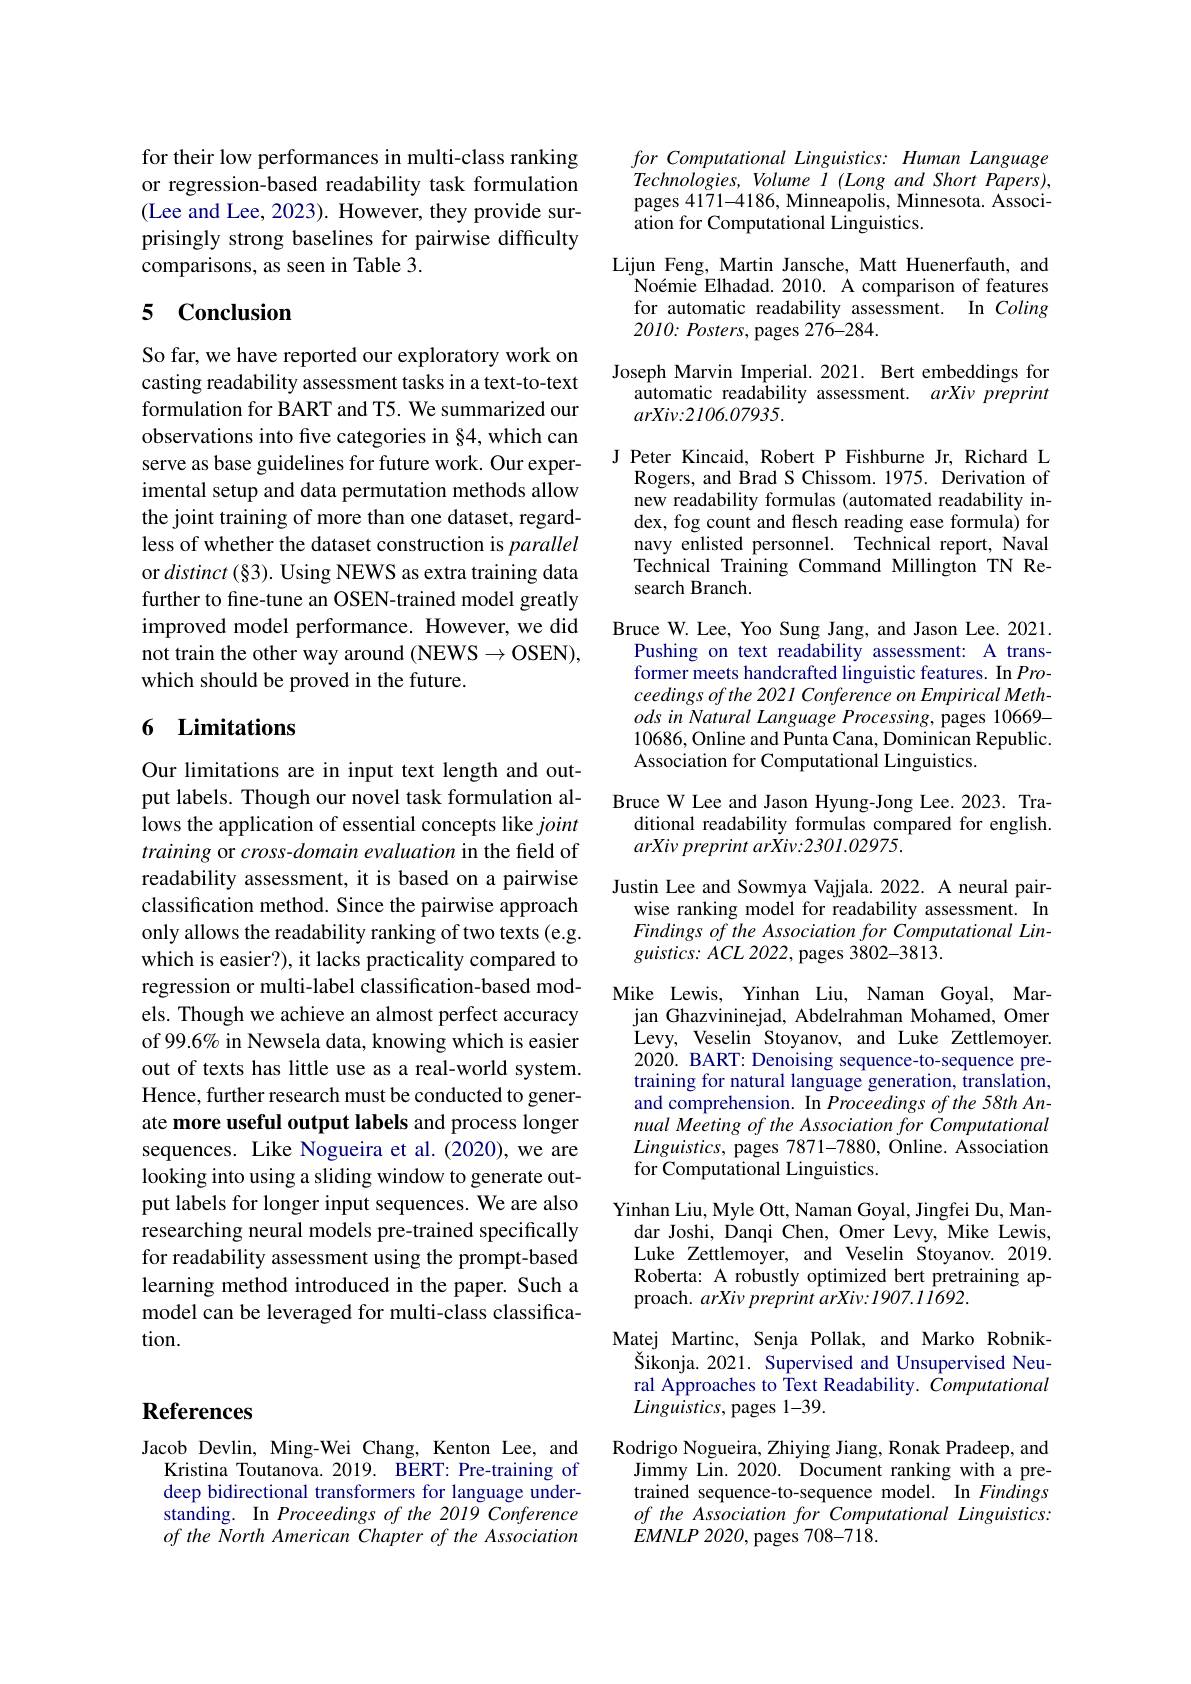
for their low performances in multi-class ranking or regression-based readability task formulation (Lee and Lee, 2023). However, they provide surprisingly strong baselines for pairwise difficulty comparisons, as seen in Table 3.

# 5 Conclusion

So far, we have reported our exploratory work on casting readability assessment tasks in a text-to-text formulation for BART and T5. We summarized our observations into five categories in §4, which can serve as base guidelines for future work. Our experimental setup and data permutation methods allow the joint training of more than one dataset, regardless of whether the dataset construction is parallel or $distinct(\S3).$ Using NEWS as extra training data further to fine-tune an OSEN-trained model greatly improved model performance. However, we did not train the other way around (NEWS$\to$O$SEN) $, which should be proved in the future.

# 6 Limitations

Our limitations are in input text length and output labels. Though our novel task formulation allows the application of essential concepts like joint training or cross-domain evaluation in the field of readability assessment, it is based on a pairwise classification method. Since the pairwise approach only allows the readability ranking of two texts (e.g. which is easier?), it lacks practicality compared to regression or multi-label classification-based models. Though we achieve an almost perfect accuracy of 99.6% in Newsela data, knowing which is easier out of texts has little use as a real-world system. Hence, further research must be conducted to generate more useful output labels and process longer sequences. Like Nogueira et al.(2020), we are looking into using a sliding window to generate output labels for longer input sequences. We are also researching neural models pre-trained specifically for readability assessment using the prompt-based learning method introduced in the paper. Such a model can be leveraged for multi-class classification.

# References

Jacob Devlin, Ming-Wei Chang, Kenton Lee, and
Kristina Toutanova. 2019. BERT: Pre-training of deep bidirectional transformers for language understanding. In Proceedings of the 2019 Conference of the North American Chapter of the Association

for Computational Linguistics: Human Language

Technologies, Volume $I(LongandShortPapers)$, pages 4171-4186, Minneapolis, Minnesota. Association for Computational Linguistics.
Lijun Feng, Martin Jansche, Matt Huenerfauth, and
Noémie Elhadad. 2010. A comparison of features for automatic readability assessment. In Coling $2010:Posters$, pages 276-284.
Joseph Marvin Imperial.2021. Bert embeddings for
automatic readability assessment. arXiv preprint
$arXiv:2106.07935.$
J Peter Kincaid, Robert P Fishburne Jr, Richard L
Rogers, and Brad S Chissom. 1975. Derivation of new readability formulas (automated readability index, fog count and flesch reading ease formula) for navy enlisted personnel. Technical report, Naval Technical Training Command Millington TN Research Branch.
Bruce W. Lee, Yoo Sung Jang, and Jason Lee. 2021.
Pushing on text readability assessment: A transformer meets handcrafted linguistic features. In Proceedings of the 2021 Conference on Empirical MethodsinNatural Language Processing, pages 10669- 10686,Online and Punta Cana, Dominican Republic. Association for Computational Linguistics.
Bruce W Lee and Jason Hyung-Jong Lee. 2023. Tra-
ditional readability formulas compared for english.
arXiv preprint arXiv:2301.02975.
Justin Lee and Sowmya Vajjala. 2022. A neural pair-
wise ranking model for readability assessment. In Findings of the Association for Computational Lin- $guistics:ACL$ 2022, pages 3802-3813.
Mike Lewis, Yinhan Liu, Naman Goyal, Mar-
jan Ghazvininejad, Abdelrahman Mohamed, Omer Levy, Veselin Stoyanov, and Luke Zettlemoyer. 2020. BART: Denoising sequence-to-sequence pretraining for natural language generation, translation, and comprehension. In Proceedings of the 58th Annual Meeting of the Association for Computational $Linguistics$, pages 7871-7880, Online. Association for Computational Linguistics.
Yinhan Liu, Myle Ott, Naman Goyal, Jingfei Du, Man-
dar Joshi, Danqi Chen, Omer Levy, Mike Lewis, Luke Zettlemoyer, and Veselin Stoyanov. 2019. Roberta: A robustly optimized bert pretraining approach. arXiv preprint arXiv:1907.11692.
Matej Martinc, Senja Pollak, and Marko Robnik-
Šikonja. 2021. Supervised and Unsupervised Neural Approaches to Text Readability. Computational $Linguistics$, pages 1-39.
Rodrigo Nogueira, Zhiying Jiang, Ronak Pradeep, and
Jimmy Lin. 2020. Document ranking with a pretrained sequence-to-sequence model. In Findings of the Association for Computational Linguistics: $EMNLP$ 2020, pages 708-71$\dot{8}.$